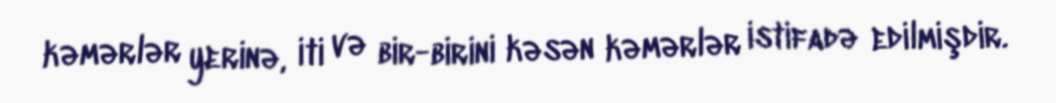
kəmərlər yerinə, iti və bir-birini kəsən kəmərlər istifadə edilmişdir.